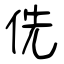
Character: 侁